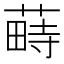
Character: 𦸎